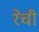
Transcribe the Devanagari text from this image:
रेची